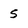
Character: 5